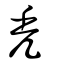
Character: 秃